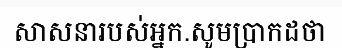
សាសនារបស់អ្នក.សូមប្រាកដថា